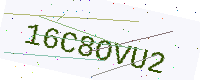
Text: 16C8OVU2